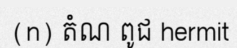
(n) តំណ ពូជ hermit